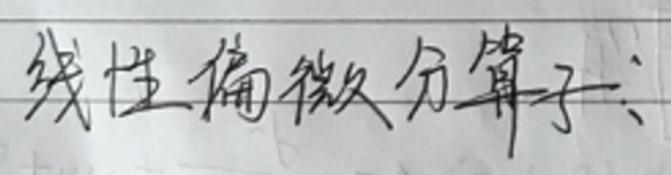
线性偏微分算子：